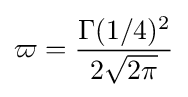
\varpi ={\frac {\Gamma (1/4)^{2}}{2{\sqrt {2\pi }}}}